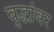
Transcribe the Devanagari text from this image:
वृद्धांवर